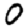
Digit: 0